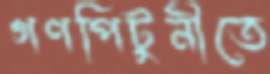
গণপিটুনীতে